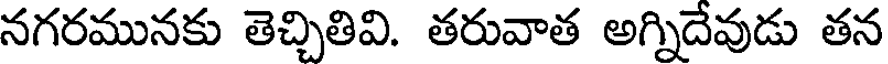
నగరమునకు తెచ్చితివి. తరువాత అగ్నిదేవుడు తన